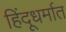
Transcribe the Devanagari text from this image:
हिंदूधर्मात